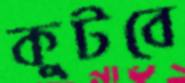
কুটবে